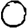
Digit: 0